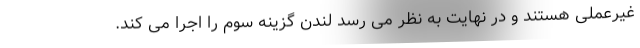
غیرعملی هستند و در نهایت به نظر می رسد لندن گزینه سوم را اجرا می کند.